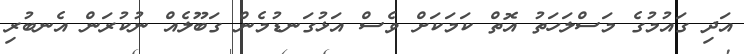
އަދި ގައުމުގެ މަސްލަހަތު އޮތް ކަމަކަށް ވެސް އަޅުގަނޑުމެން ގަބޫލެއް ނުކުރަން އެނބުރި